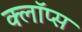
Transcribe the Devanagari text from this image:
क्लॉप्स